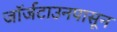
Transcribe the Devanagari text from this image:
जॉर्जटाउनपासून